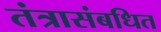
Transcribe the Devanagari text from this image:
तंत्रासंबधित